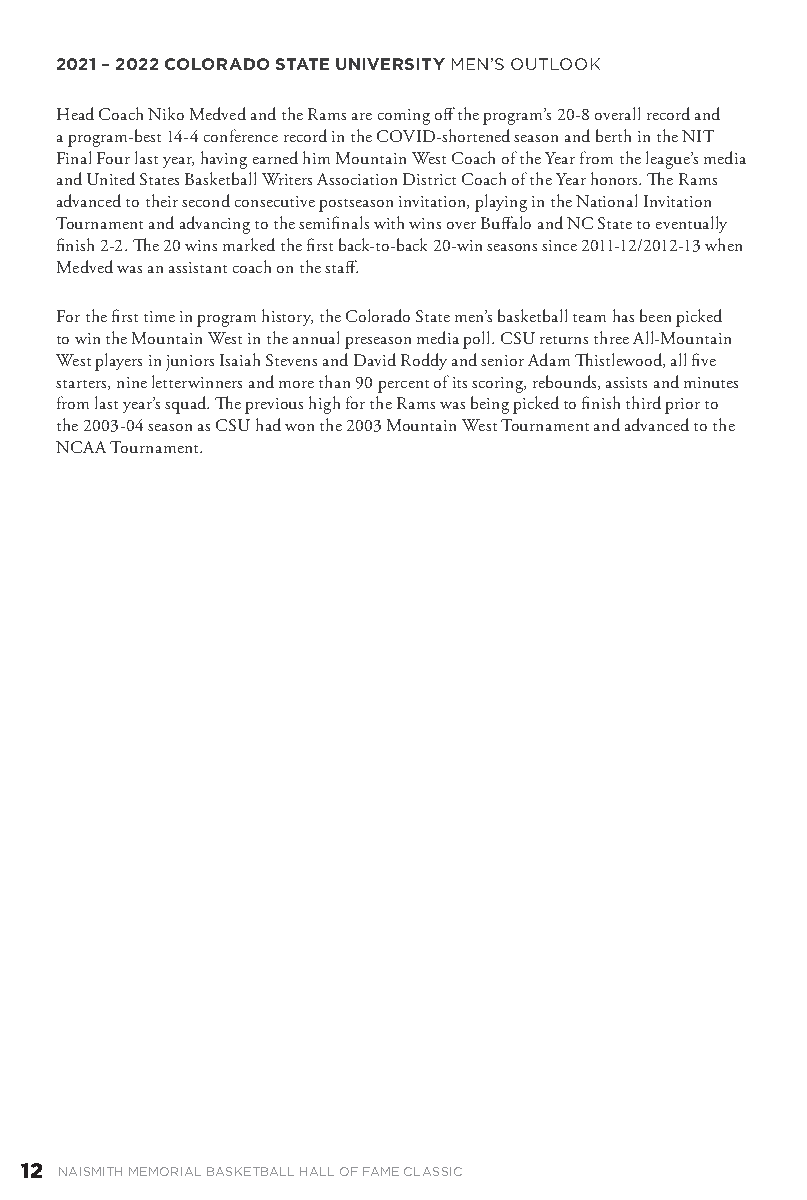
2021 – 2022 COLORADO STATE UNIVERSITY MEN’S OUTLOOK
 Head Coach Niko Medved and the Rams are coming off the program’s 20-8 overall record and
 a program-best 14-4 conference record in the COVID-shortened season and berth in the NIT
 Final Four last year, having earned him Mountain West Coach of the Year from the league’s media
 and United States Basketball Writers Association District Coach of the Year honors. The Rams
 advanced to their second consecutive postseason invitation, playing in the National Invitation
 Tournament and advancing to the semifinals with wins over Buffalo and NC State to eventually
 finish 2-2. The 20 wins marked the first back-to-back 20-win seasons since 2011-12/2012-13 when
 Medved was an assistant coach on the staff.
 For the first time in program history, the Colorado State men’s basketball team has been picked
 to win the Mountain West in the annual preseason media poll. CSU returns three All-Mountain
 West players in juniors Isaiah Stevens and David Roddy and senior Adam Thistlewood, all five
 starters, nine letterwinners and more than 90 percent of its scoring, rebounds, assists and minutes
 from last year’s squad. The previous high for the Rams was being picked to finish third prior to
 the 2003-04 season as CSU had won the 2003 Mountain West Tournament and advanced to the
 NCAA Tournament.
 12 NAISMITH MEMORIAL BASKETBALL HALL OF FAME CLASSIC